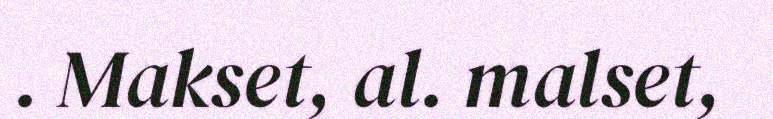
. Makset, al. malset,